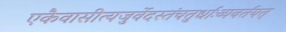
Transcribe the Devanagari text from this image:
एकैवासीत्यजुर्वेदस्तंचतुर्धाःव्यवर्तयत्